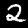
Label: 2